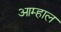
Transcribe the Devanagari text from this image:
आम्हाल